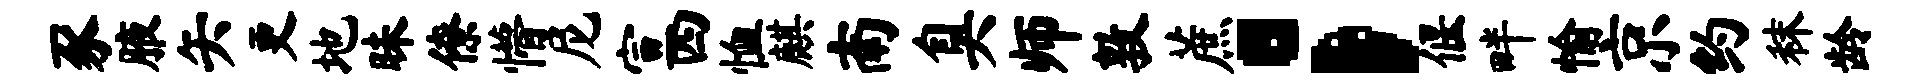
豕腋矢更地昧僚懵尼宣四恤麒南臭师敦蔗；偃畔愉京约秣龄